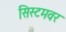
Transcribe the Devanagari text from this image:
सिस्टमवर